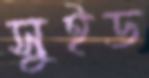
সুইড